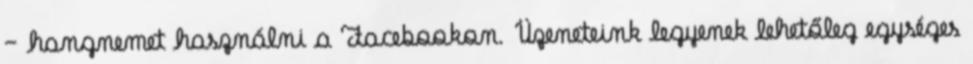
— hangnemet használni a Facebookon. Üzeneteink legyenek lehetőleg egységes